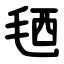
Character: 毢